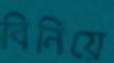
বিনিয়ে